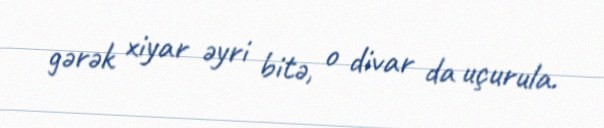
gərək xiyar əyri bitə, o divar da uçurula.